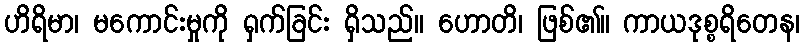
ဟိရိမာ၊ မကောင်းမှုကို ရှက်ခြင်း ရှိသည်။ ဟောတိ၊ ဖြစ်၏။ ကာယဒုစ္စရိတေန၊